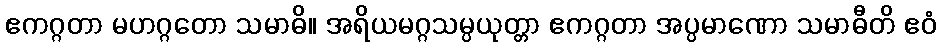
ဧကဂ္ဂတာ မဟဂ္ဂတော သမာဓိ။ အရိယမဂ္ဂသမ္ပယုတ္တာ ဧကဂ္ဂတာ အပ္ပမာဏော သမာဓီတိ ဧဝံ